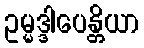
ဥမ္မဒ္ဒါပေန္တိယာ